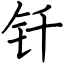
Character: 钎